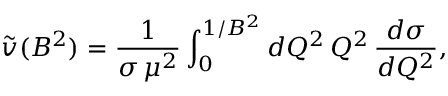
\tilde { v } ( B ^ { 2 } ) = \frac 1 { \sigma \, \mu ^ { 2 } } \int _ { 0 } ^ { 1 / B ^ { 2 } } { d Q ^ { 2 } } \, Q ^ { 2 } \, \frac { d \sigma } { d Q ^ { 2 } } ,